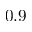
0 . 9